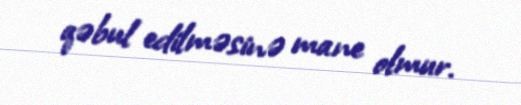
qəbul edilməsinə mane olmur.